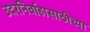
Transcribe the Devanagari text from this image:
उदरनिर्वाहासाठीच्या